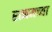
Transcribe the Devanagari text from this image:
रत्नमच्या